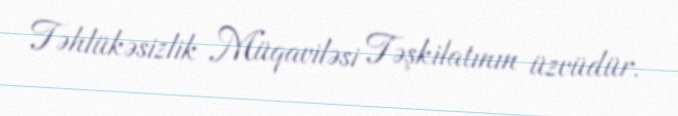
Təhlükəsizlik Müqaviləsi Təşkilatının üzvüdür.